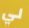
لي